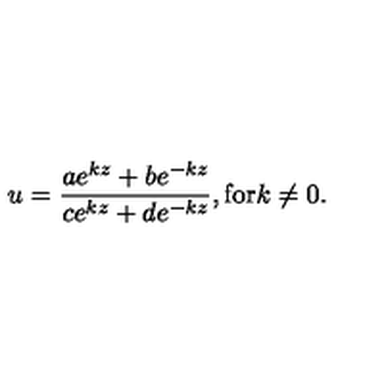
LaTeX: u = \frac { a e ^ { k z } + b e ^ { - k z } } { c e ^ { k z } + d e ^ { - k z } } , \mathrm { f o r } k \neq 0 .